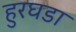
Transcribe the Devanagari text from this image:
हुरघडा